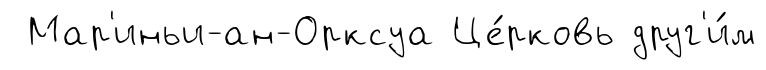
Мар'иньи-ан-Орксуа Це́рковь друг'и́м